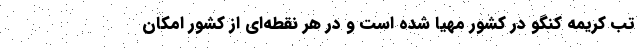
تب کریمه کنگو در کشور مهیا شده است و در هر نقطه‌ای از کشور امکان